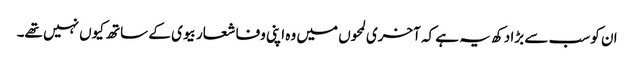
ان کو سب سے بڑا دکھ یہ ہے کہ آخری لمحوں میں وہ اپنی وفا شعار بیوی کے ساتھ کیوں نہیں تھے۔